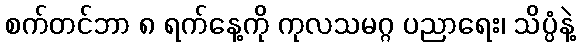
စက်တင်ဘာ ၈ ရက်နေ့ကို ကုလသမဂ္ဂ ပညာရေး၊ သိပ္ပံနဲ့